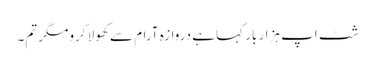
شٹ اپ ہزار بار کہا ہے دروازہ آرام سے کھولا کرو مگر تم۔